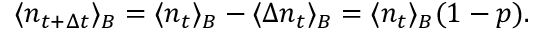
\langle n _ { t + \Delta t } \rangle _ { B } = \langle n _ { t } \rangle _ { B } - \langle \Delta n _ { t } \rangle _ { B } = \langle n _ { t } \rangle _ { B } ( 1 - p ) .